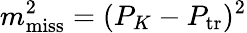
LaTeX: m_{\mathrm{miss}}^{2}=(P_{K}-P_{\mathrm{tr}})^{2}